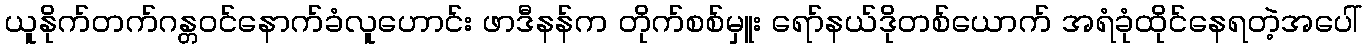
ယူနိုက်တက်ဂန္တဝင်နောက်ခံလူဟောင်း ဖာဒီနန်က တိုက်စစ်မှူး ရော်နယ်ဒိုတစ်ယောက် အရံခုံထိုင်နေရတဲ့အပေါ်